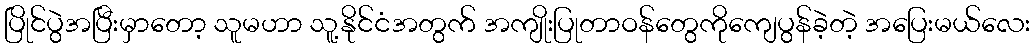
ပြိုင်ပွဲအပြီးမှာတော့ သူမဟာ သူ့နိုင်ငံအတွက် အကျိုးပြုတာဝန်တွေကိုကျေပွန်ခဲ့တဲ့ အပြေးမယ်လေး